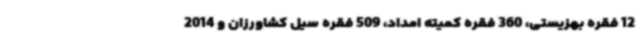
12 فقره بهزیستی، 360 فقره کمیته امداد، 509 فقره سیل کشاورزان و 2014